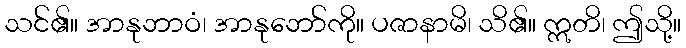
သင်၏။ အာနုဘာဝံ၊ အာနုဘော်ကို။ ပဇာနာမိ၊ သိ၏။ ဣတိ၊ ဤသို့။